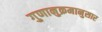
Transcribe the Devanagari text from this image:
गुणानुक्रमानुसार